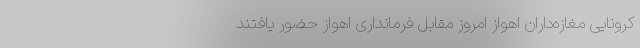
کرونایی مغازه‌داران اهواز امروز مقابل فرمانداری اهواز حضور یافتند